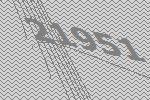
21951